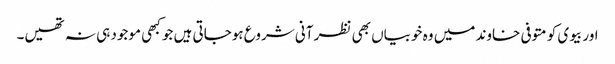
اور بیوی کو متوفی خاوند میں وہ خوبیاں بھی نظر آنی شروع ہوجاتی ہیں جو کبھی موجود ہی نہ تھیں۔